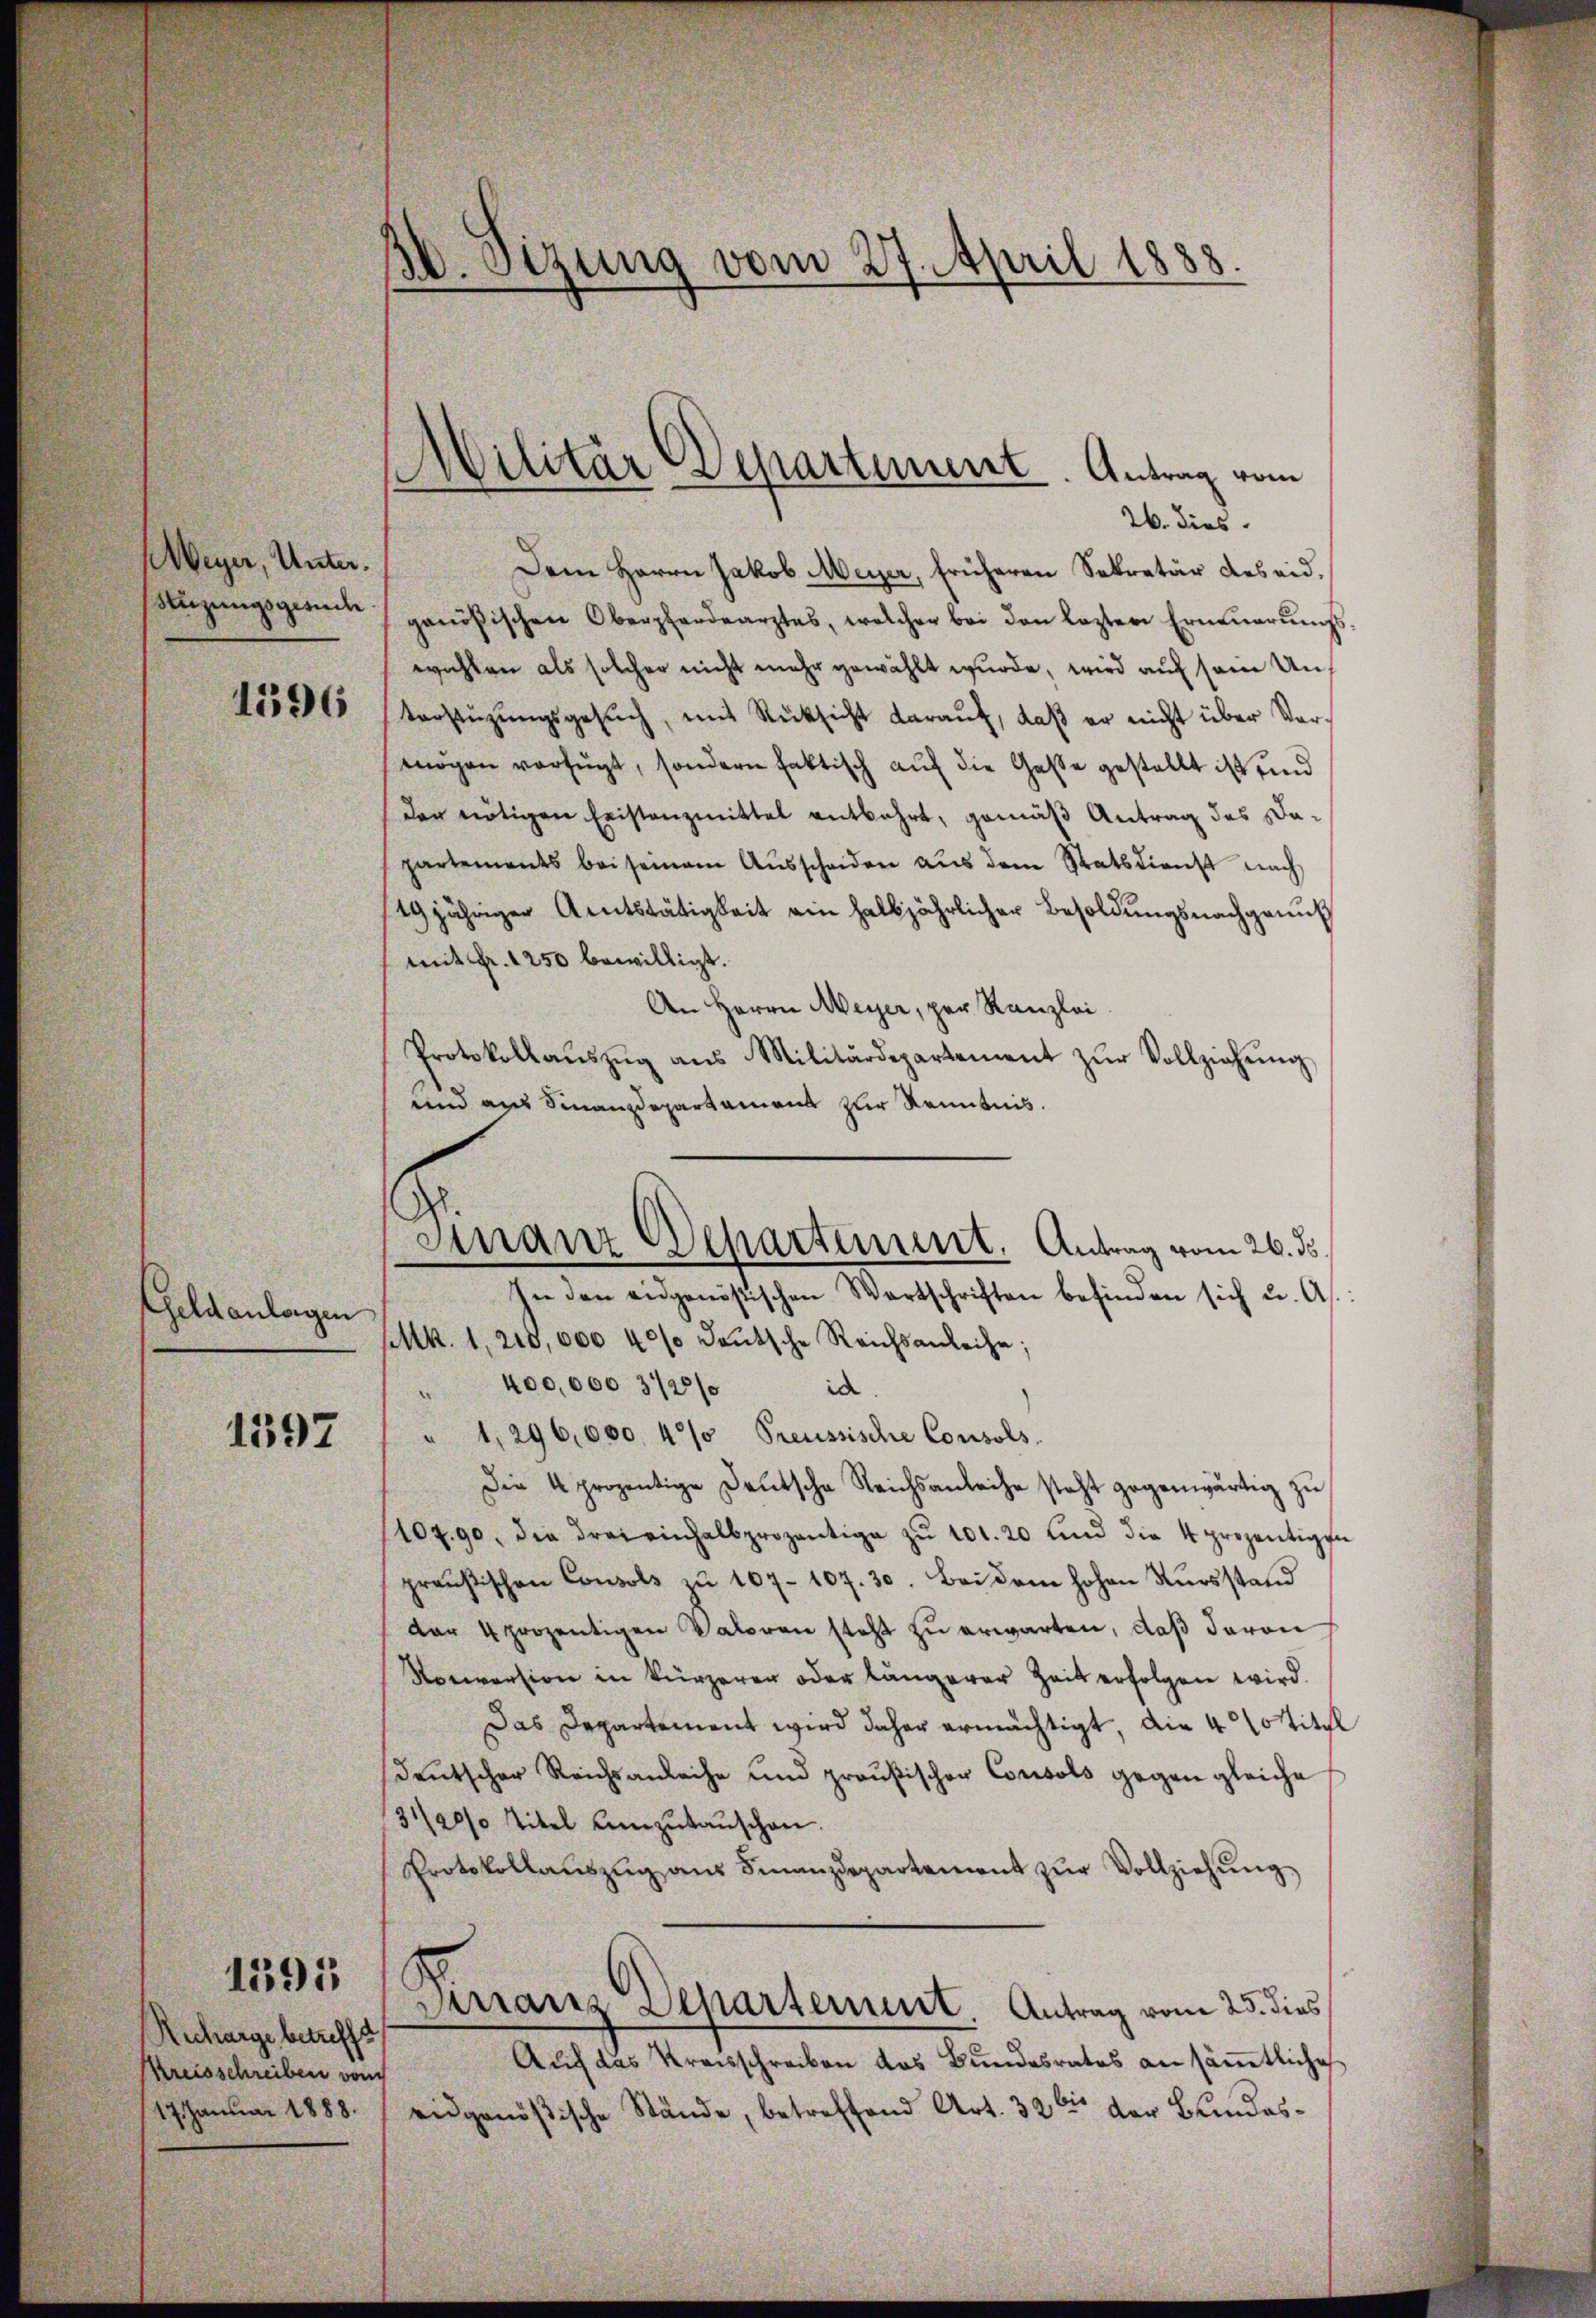
Weyer, Unter¬
Suzungsgesiedle

1596

Geldanlagen

1597

1595

Aecharge betreffe
Kreisschreiben vom
17. Januar 1888.

1. Sizung vom 27. April 1888.
|

Militär Departement. Antrag vom

Finanz Departement. Antrag vom 26. ds.

26. dies
Dem Herrn Jakob Meyer, früheren Sekretär des eid.
genößischen Oberpfandearztes, welcher bei den lezten Erneŭerŭngs
wichten als solcher nicht mehr gewählt wurde, wird auf sein Unterstützŭngsgesŭch, mit Rücksicht daraŭf, daβ er nicht über Ver-
mögen verfügt, sondern faktisch auf die Gasse gestellt ist und
der nötigen Eristanzmittel entbehrt, gemäß Antrag des Da-
partements bei seinem Aŭsscheiden aŭs dem Statsdienst nach
19 jähriger Amtstätigkeit ein halbjährlicher Besoldungsnachgenug
mit Fr. 1250 bewilligt.
An Herrn Meyer, per Kanzlei
Protokollaŭszŭg ans Militärdepartement zŭr Vollziehŭng
und aus Finanzdepartament zur Kenntnis.
In den eidgenössischen Wartschriften befinden sich u. As.
sk. 1, 210,000 40% deutsche Reichsanleihe:
" 400,000 372/ id.
" 1, 296,000, 40% Preussische Consols
Die 4 prozentige Deutsche Reichsanleihe steht gegenwärtig zu
10790, die drei einhalbprozentige zŭ 101. 20 und die 4 prozentige
preußischen Consols zu 107 - 107. 30. Bei dem hohen Kŭrsstand
der 4 prozentigen Valoren steht zŭ erwarten, daß davon
Rociversion in kürzerer oder längerer Zeit erfolgen wird.
Das Departement wird daher ermächtigt, die 4 Cotit
deutscher Reichsanleihe und preußischen Consols gegen gleiche
31/20 Titel Amzŭtaŭschen.
Protokollaŭszŭg aŭs Finanzdepartement zŭr Vollziehŭng
Garranz Departement. Antrag vom 25. dies
Aŭf das Kraisschreiben das Bundesrates an säṁtliche
eidgenößische Stände, betreffend Art. 32 der Bundes¬